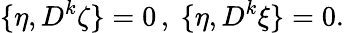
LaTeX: \{ \eta,D^{k}\zeta\} =0\, ,\ \{ \eta,D^{k}\xi\} =0.